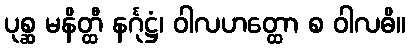
ပုစ္ဆ မနိတ္ထီ နင်္ဂုဋ္ဌံ၊ ဝါလဟတ္ထော စ ဝါလဓိ။